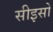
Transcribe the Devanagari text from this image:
सीइसो